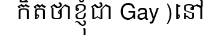
កិតថាខ្ញុំជា Gay )នៅ